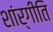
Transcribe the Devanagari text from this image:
शांर्गीति